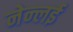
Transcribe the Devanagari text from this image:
नेन्लई